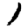
Digit: 1